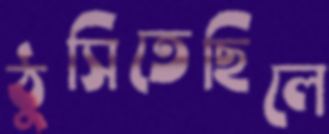
ঠুসিতেছিলে